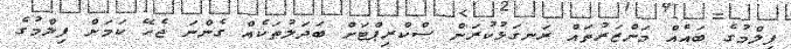
ފިލްމުގެ ބައެއް މަންޒަރުތައް ރަނގަޅުކުރަން ސްކްރިޕްޓަށް ބަދަލުތަކެއް ގެންނަ ޖެހޭ ކަމަށް ފިލްމުގެ